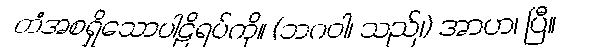
တံအစရှိသောပါဠိရပ်ကို။ (ဘဂဝါ၊ သည်၊) အာဟ၊ ပြီ။